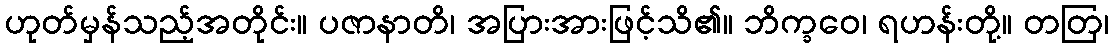
ဟုတ်မှန်သည့်အတိုင်း။ ပဇာနာတိ၊ အပြားအားဖြင့်သိ၏။ ဘိက္ခဝေ၊ ရဟန်းတို့။ တတြ၊